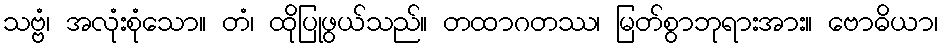
သဗ္ဗံ၊ အလုံးစုံသော။ တံ၊ ထိုပြုဖွယ်သည်။ တထာဂတဿ၊ မြတ်စွာဘုရားအား။ ဗောဓိယာ၊